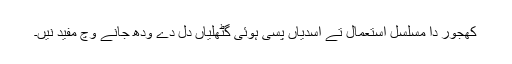
کھجور دا مسلسل استعمال تے اسدیاں پسی ہوئی گٹھلیاں دل دے ودھ جانے وچ مفید نيں۔